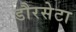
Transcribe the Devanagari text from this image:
डौरसेटा